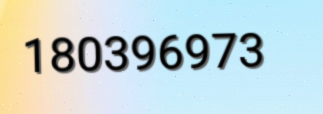
180396973